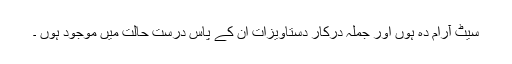
سیٹ آرام دہ ہوں اور جملہ درکار دستاویزات اُن کے پاس درست حالت میں موجود ہوں ۔